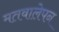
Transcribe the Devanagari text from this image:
मतवालेपन